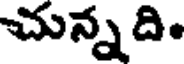
చున్నది.